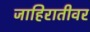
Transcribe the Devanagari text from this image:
जाहिरातीवर